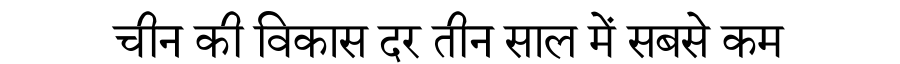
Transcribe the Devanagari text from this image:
चीन की विकास दर तीन साल में सबसे कम